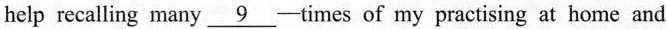
help recalling many \underline{9} —times of my practising at home ard